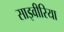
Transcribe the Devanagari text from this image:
साइवीरिया